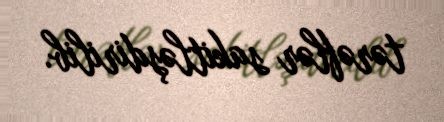
tərəflər sakitləşdirilib.